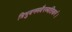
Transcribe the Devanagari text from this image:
त्रिभुवनमवैरव्यतिकरं।